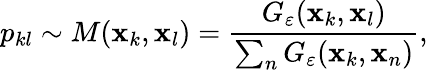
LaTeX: p_{kl}\sim M(\mathbf{x}_{k},\mathbf{x}_{l})=\frac{G_{\varepsilon}(\mathbf{x}_{k},\mathbf{x}_{l})}{\sum_{n}G_{\varepsilon}(\mathbf{x}_{k},\mathbf{x}_{n})},